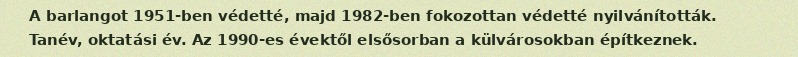
A barlangot 1951-ben védetté, majd 1982-ben fokozottan védetté nyilvánították. Tanév, oktatási év. Az 1990-es évektől elsősorban a külvárosokban építkeznek.